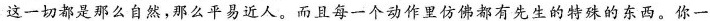
这一切都是那么自然，那么平易近人。而且每一个动作里仿佛都有先生的特殊的东西。你一